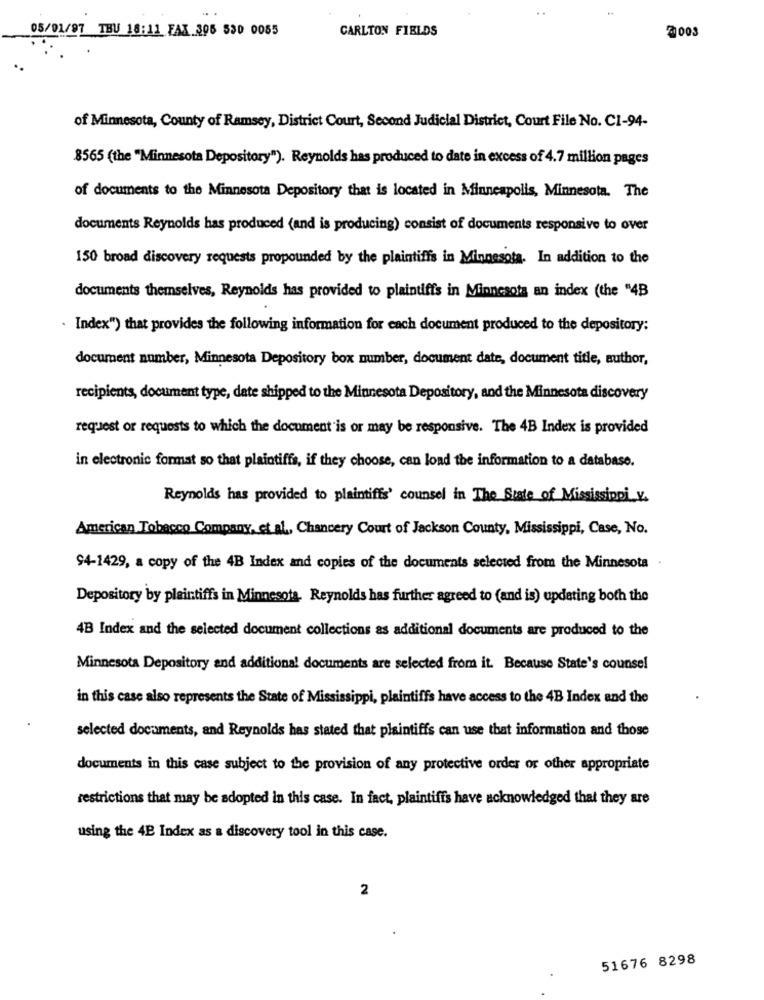
..
05/01/97 TBU 18:11 FAX.306 530 0055
CARLTON FIELDS
2003
of Minnesota, County of Ramsey, District Court, Second Judicial District, Court File No. C1-94-
8565 (the "Minnesota Depository"). Reynolds has produced to date in excess of 4.7 million pages
of documents to the Minnesota Depository that is located in Minneapolis, Minnesota. The
documents Reynolds has produced (and is producing) consist of documents responsive to over
150 broad discovery requests propounded by the plaintiffs in Minnesota. In addition to the
documents themselves, Reynolds has provided to plaintiffs in Minnesota an index (the "4B
. Index") that provides the following information for each document produced to the depository:
document number, Minnesota Depository box number, document date, document title, author,
recipients, document type, date shipped to the Minnesota Depository, and the Minnesota discovery
request or requests to which the document is or may be responsive. The 4B Index is provided
in electronic format so that plaintiffs, if they choose, can load the information to a database.
Reynolds has provided to plaintiffs' counsel in The State of Mississippi_v.
American Tobacco Company, et al ., Chancery Court of Jackson County, Mississippi, Case, No.
94-1429, a copy of the 4B Index and copies of the documents selected from the Minnesota
Depository by plaintiffs in Minnesota. Reynolds has further agreed to (and is) updating both the
4B Index and the selected document collections as additional documents are produced to the
Minnesota Depository and additional documents are selected from it. Because State's counsel
in this case also represents the State of Mississippi, plaintiffs have access to the 4B Index and the
selected documents, and Reynolds has stated that plaintiffs can use that information and those
documents in this case subject to the provision of any protective order or other appropriate
restrictions that may be adopted in this case. In fact, plaintiffs have acknowledged that they are
using the 4B Index as a discovery tool in this case.
2
51676 8298